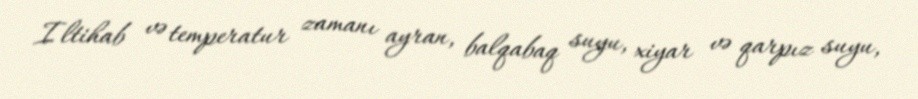
Iltihab və temperatur zamanı ayran, balqabaq suyu, xiyar və qarpız suyu,